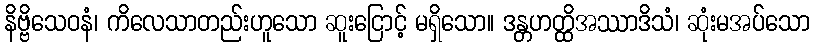
နိဗ္ဗိသေဝနံ၊ ကိလေသာတည်းဟူသော ဆူးငြောင့် မရှိသော။ ဒန္တဟတ္ထိအဿာဒိသံ၊ ဆုံးမအပ်သော